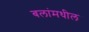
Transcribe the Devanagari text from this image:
बलांमधील